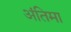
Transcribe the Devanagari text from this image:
अंतिमा